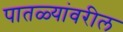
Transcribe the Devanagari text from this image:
पातळ्यांवरील